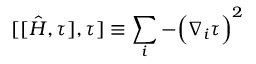
[ [ \hat { H } , \tau ] , \tau ] \equiv \sum _ { i } - \Big ( \boldsymbol { \nabla } _ { i } \tau \Big ) ^ { 2 }